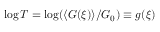
\log T = \log ( \langle G ( \xi ) \rangle / G _ { 0 } ) \equiv g ( \xi )